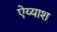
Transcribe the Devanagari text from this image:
ऐय्याश